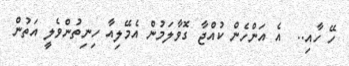
ހޭ ހާއި..  އެ އަންހެން ކުއްޖާ ގޮވާލަމުން އެމޭލިއާ ހިނިތުންވެލީ އަތުން